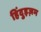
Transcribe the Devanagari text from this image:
हिंदुइज़म